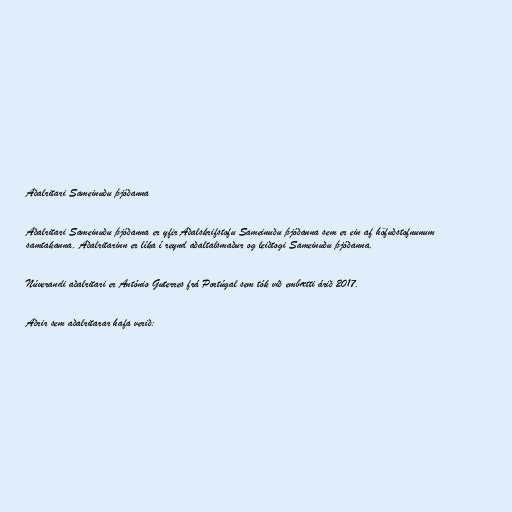
Aðalritari Sameinuðu þjóðanna

Aðalritari Sameinuðu þjóðanna er yfir Aðalskrifstofu Sameinuðu þjóðanna sem er ein af höfuðstofnunum
samtakanna. Aðalritarinn er líka í reynd aðaltalsmaður og leiðtogi Sameinuðu þjóðanna.

Núverandi aðalritari er António Guterres frá Portúgal sem tók við embætti árið 2017.

Aðrir sem aðalritarar hafa verið: